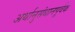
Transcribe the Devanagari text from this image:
अर्थानुसंधानपूर्वक